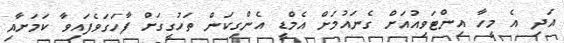
އަދި އެ މީހާ އިންޓަވިއުއަށް ގެނައުމަށް އެމްޑީ އެންގިކަން ތަހުގީގަށް ފާހަގަވެފައިވާ ކަމަށާއި